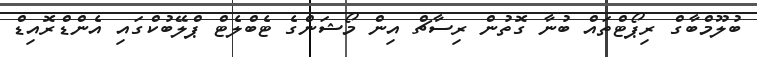
ބުލޫމްބާގް ރިޕޯޓްތައް ބުނާ ގޮތުން ރިސާޗް އިން މޯޝަންގެ ޓެބްލެޓް ޕްލޭބުކްގައި އެންޑްރޮއިޑް